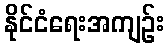
နိုင်ငံရေးအကျဉ်း